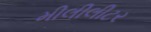
મીલીલીટર